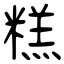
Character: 糕